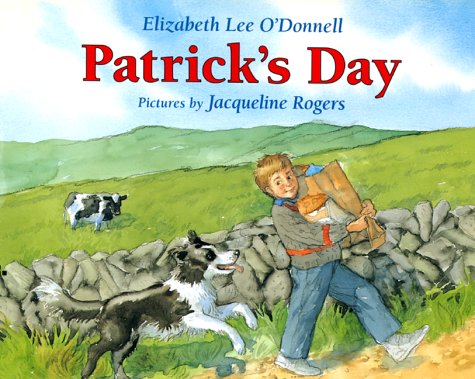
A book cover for Patrick's Day; Elizabeth Lee O'Donnell; Children's Books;